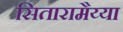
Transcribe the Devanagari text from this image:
सितारामैय्या